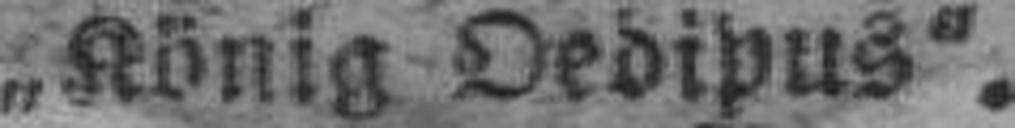
„König Oedipus“.